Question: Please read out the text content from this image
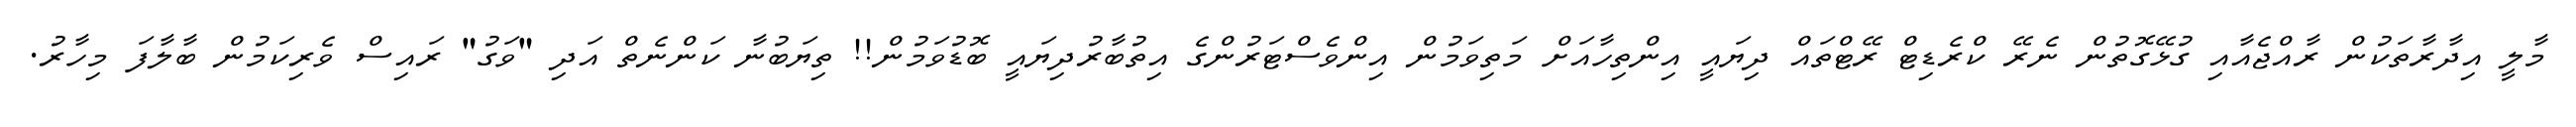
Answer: މާލީ އިދާރާތަކުން ރާއްޖެއާއި ގުޅޭގޮތުން ނެރޭ ކްރެޑިޓް ރޭޓްތައް ދިޔައީ އިންތިހާއަށް މަތިވަމުން އިންވެސްޓަރުންގެ އިތުބާރުދިޔައީ ބޮޑުވަމުން!! ތިޔަބުނާ ކަންނެތް އަދި "ވަގު" ރައިސް ވެރިކަމުން ބާލާފަ މިހާރު.